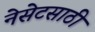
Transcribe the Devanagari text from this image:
नेसेटसाठी